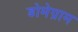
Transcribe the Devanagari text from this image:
डोमेग्राम